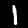
Digit: 1